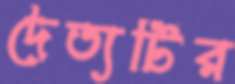
দৈত্যটির